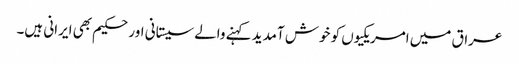
عراق میں امریکیوں کو خوش آمدید کہنے والے سیستانی اور حکیم بھی ایرانی ہیں۔